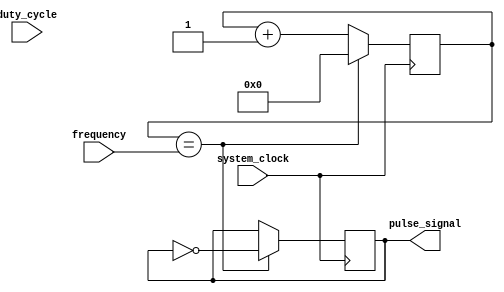
module timing_control (
  input wire system_clock,
  input wire [7:0] duty_cycle,
  input wire [15:0] frequency,
  output reg pulse_signal
);

reg [15:0] counter;

always @(posedge system_clock) begin
  if (counter == frequency) begin
    pulse_signal <= ~pulse_signal;
    counter <= 0;
  end else begin
    counter <= counter + 1;
  end
end

endmodule